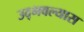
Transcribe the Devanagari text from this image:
उद्भवल्यास